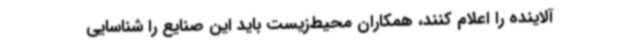
آلاینده را اعلام کنند، همکاران محیط‌زیست باید این صنایع را شناسایی